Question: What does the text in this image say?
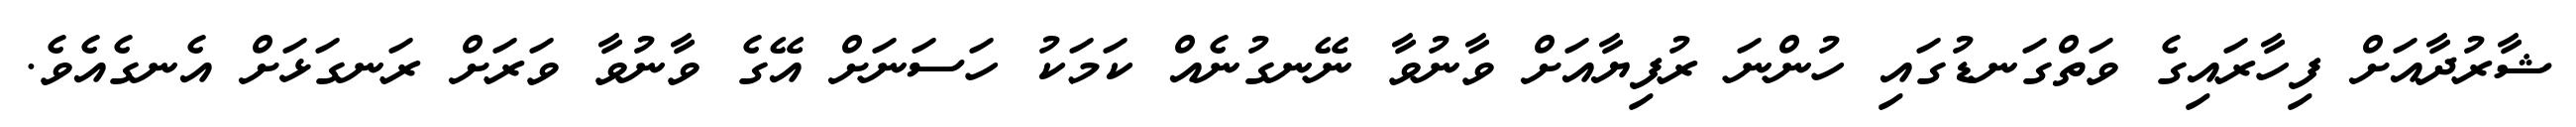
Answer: ޝާރުދާއަށް ފިހާރައިގެ ވަތްގަނޑުގައި ހުންނަ ރުފިޔާއަށް ވާނުވާ ނޭނގުނެއް ކަމަކު ހަސަނަށް އޭގެ ވާނުވާ ވަރަށް ރަނގަޅަށް އެނގެއެވެ.